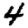
Digit: 4